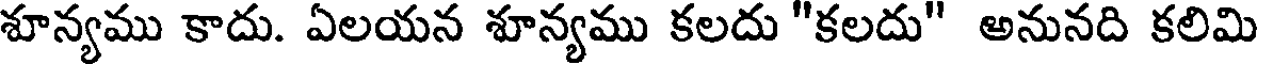
శూన్యము కాదు. ఏలయన శూన్యము కలదు "కలదు" అనునది కలిమి